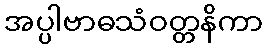
အပ္ပါဗာဓသံဝတ္တနိကာ